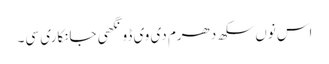
اس نوں سکھ دھرم دی وی ڈونگھی جانکاری سی۔